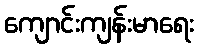
ကျောင်းကျန်းမာရေး